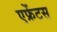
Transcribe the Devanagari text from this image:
एफ्रेंटस